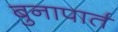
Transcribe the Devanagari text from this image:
बुनापार्त